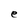
Character: e